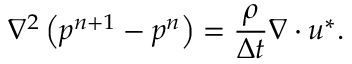
\nabla ^ { 2 } \left( p ^ { n + 1 } - p ^ { n } \right) = \frac { \rho } { \Delta t } \nabla \cdot \boldsymbol { u } ^ { * } .